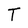
Character: T